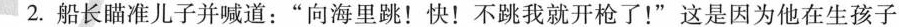
2.船长瞄准儿子并喊道：”向海里跳！快！不跳我就开枪了！”这是因为他在生孩子